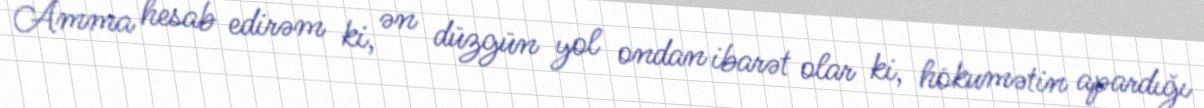
Amma hesab edirəm ki, ən düzgün yol ondan ibarət olar ki, hökumətin apardığı